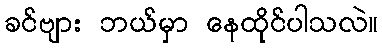
ခင်ဗျား ဘယ်မှာ နေထိုင်ပါသလဲ။